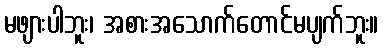
မဖျားပါဘူး၊ အစားအသောက်တောင်မပျက်ဘူး။